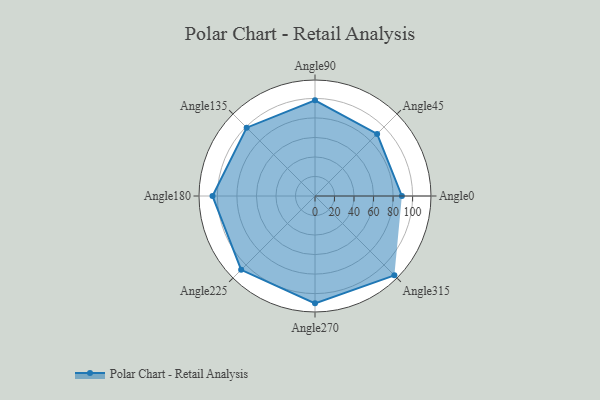
{"axis": {"x": "Angle", "y": "Radius"}, "legend": [""], "data": [{"x": "Angle0", "y": 89.0, "type": ""}, {"x": "Angle45", "y": 90.0, "type": ""}, {"x": "Angle90", "y": 98.0, "type": ""}, {"x": "Angle135", "y": 99.0, "type": ""}, {"x": "Angle180", "y": 105.0, "type": ""}, {"x": "Angle225", "y": 107.0, "type": ""}, {"x": "Angle270", "y": 110.0, "type": ""}, {"x": "Angle315", "y": 115.0, "type": ""}]}